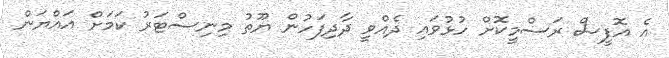
އެ އޮފީސް ރަސްމީކޮށް ހުޅުވައި ދެއްވީ ދާދިފަހުން ޔޫތު މިނިސްޓަރު ކަމަށް އައްޔަން